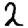
Digit: 2